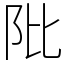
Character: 阰